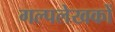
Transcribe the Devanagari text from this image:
गल्पलेखकों